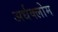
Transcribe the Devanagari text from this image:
अर्धक्लोम